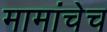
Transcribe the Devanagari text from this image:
मामांचेच